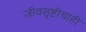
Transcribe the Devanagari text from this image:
जीवसृष्टीचाही